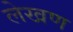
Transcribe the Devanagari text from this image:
लेखण